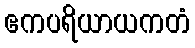
ဧကပရိယာယကတံ